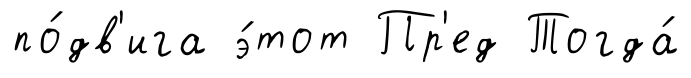
по́дв'ига э́тот Пр'ед Тогда́